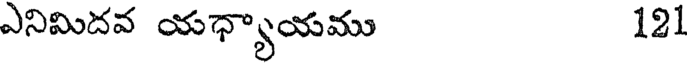
ఎనిమిదవ యధ్యాయము 121